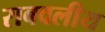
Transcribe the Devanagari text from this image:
राबवलीय